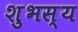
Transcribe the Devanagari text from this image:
शुभस्य